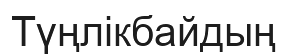
Түңлікбайдың